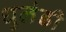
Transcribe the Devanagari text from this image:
धुलंडी